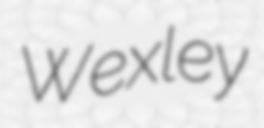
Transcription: Wexley